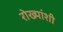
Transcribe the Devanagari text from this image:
रोख्यांशी